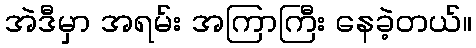
အဲဒီမှာ အရမ်း အကြာကြီး နေခဲ့တယ်။